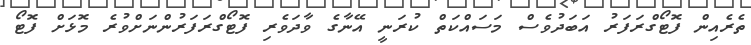
ތެރެއިން ފޮޓޯގްރަފަރު އަބަދުވެސް މަސައްކަތް ކުރަނީ އޭނާގެ ވާދަވެރި ފޮޓޯގްރަފަރުންނަށްވުރެ މޮޅަށް ފޮޓޯ